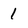
Character: 1